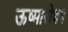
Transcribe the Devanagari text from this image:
ऊष्मारोधन